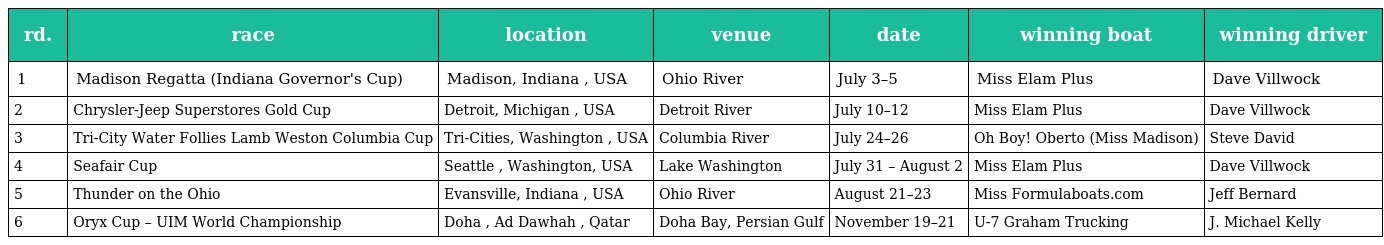
| rd. | race | location | venue | date | winning boat | winning driver |
 | --- | --- | --- | --- | --- | --- | --- |
 | 1 | Madison Regatta (Indiana Governor's Cup) | Madison, Indiana , USA | Ohio River | July 3–5 | Miss Elam Plus | Dave Villwock |
 | 2 | Chrysler-Jeep Superstores Gold Cup | Detroit, Michigan , USA | Detroit River | July 10–12 | Miss Elam Plus | Dave Villwock |
 | 3 | Tri-City Water Follies Lamb Weston Columbia Cup | Tri-Cities, Washington , USA | Columbia River | July 24–26 | Oh Boy! Oberto (Miss Madison) | Steve David |
 | 4 | Seafair Cup | Seattle , Washington, USA | Lake Washington | July 31 – August 2 | Miss Elam Plus | Dave Villwock |
 | 5 | Thunder on the Ohio | Evansville, Indiana , USA | Ohio River | August 21–23 | Miss Formulaboats.com | Jeff Bernard |
 | 6 | Oryx Cup – UIM World Championship | Doha , Ad Dawhah , Qatar | Doha Bay, Persian Gulf | November 19–21 | U-7 Graham Trucking | J. Michael Kelly |